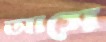
আসে